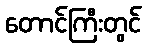
တောင်ကြီးတွင်